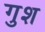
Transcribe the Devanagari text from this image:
गुश